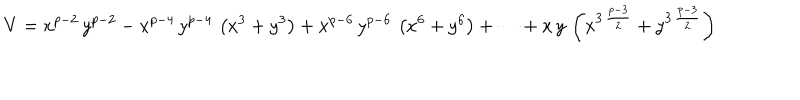
LaTeX: V = { x ^ { p - 2 } } \, { y ^ { p - 2 } } - { x ^ { p - 4 } } \, { y ^ { p - 4 } } \, \left( { x ^ { 3 } } + { y ^ { 3 } } \right) + { x ^ { p - 6 } } \, { y ^ { p - 6 } } \, \left( { x ^ { 6 } } + { y ^ { 6 } } \right) + \cdots + x \, y \, \left( { x ^ { 3 \, { \frac { p - 3 } { 2 } } } } + { y ^ { 3 \, { \frac { p - 3 } { 2 } } } } \right)